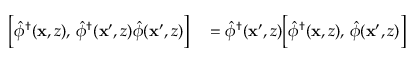
\begin{array} { r l } { \Bigl [ \hat { \phi } ^ { \dagger } ( \mathbf { x } , z ) , \, \hat { \phi } ^ { \dagger } ( \mathbf { x } ^ { \prime } , z ) \hat { \phi } ( \mathbf { x } ^ { \prime } , z ) \Bigr ] } & { { } = \hat { \phi } ^ { \dagger } ( \mathbf { x } ^ { \prime } , z ) \Bigl [ \hat { \phi } ^ { \dagger } ( \mathbf { x } , z ) , \, \hat { \phi } ( \mathbf { x } ^ { \prime } , z ) \Bigr ] } \end{array}